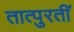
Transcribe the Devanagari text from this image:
तात्पुरतीं